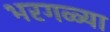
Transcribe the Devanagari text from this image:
भरगळ्या